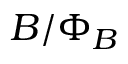
B / \Phi _ { B }